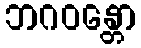
ဘဂဝန္တော